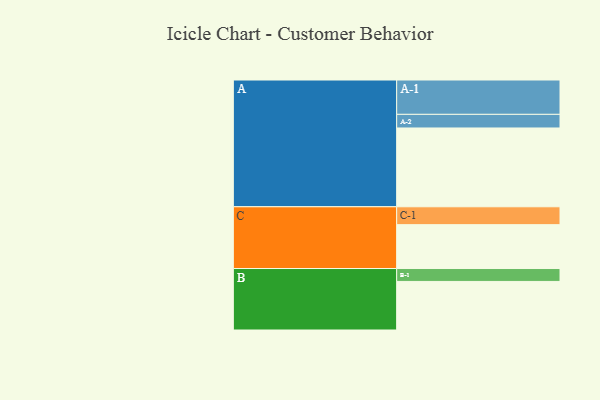
{"axis": {"x": "Segment", "y": "Value"}, "legend": ["", "A", "B", "C"], "data": [{"x": "A", "y": 555, "type": ""}, {"x": "B", "y": 342, "type": ""}, {"x": "C", "y": 309, "type": ""}, {"x": "A-1", "y": 242, "type": "A"}, {"x": "A-2", "y": 96, "type": "A"}, {"x": "B-1", "y": 91, "type": "B"}, {"x": "C-1", "y": 126, "type": "C"}]}